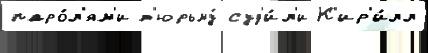
паро́л'ям'и т'юрьму́ суд'и́л'и К'ир'и́лл